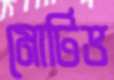
মোটিভ